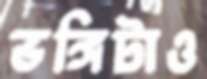
ভঙ্গিটাও